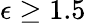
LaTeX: \epsilon\geq 1.5